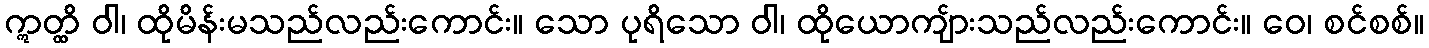
ဣတ္ထိ ဝါ၊ ထိုမိန်းမသည်လည်းကောင်း။ သော ပုရိသော ဝါ၊ ထိုယောကျ်ားသည်လည်းကောင်း။ ဝေ၊ စင်စစ်။